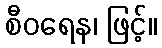
စီဝရေန၊ ဖြင့်။